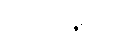
တင်ပို့မှုကို